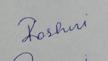
Signature authenticity: forged